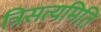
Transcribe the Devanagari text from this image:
त्रिसत्यमिति